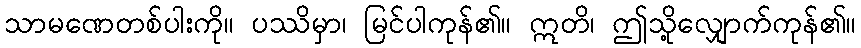
သာမဏေတစ်ပါးကို။ ပဿိမှာ၊ မြင်ပါကုန်၏။ ဣတိ၊ ဤသို့လျှောက်ကုန်၏။